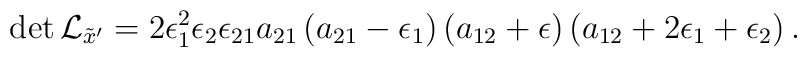
\det {\cal L}_{{\tilde x}'}=2 \epsilon_1^2 \epsilon_2\epsilon_{21} a_{21} \left(a_{21}-\epsilon_1 \right)\left(a_{12}+\epsilon \right) \left(a_{12}+2 \epsilon_1+\epsilon_2 \right).